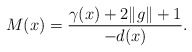
\begin{align*}M(x) = \frac{\gamma(x) + 2\|g\| + 1}{-d(x)}.\end{align*}